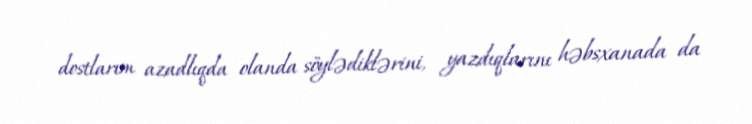
dostlarım azadlıqda olanda söylədiklərini, yazdıqlarını həbsxanada da